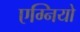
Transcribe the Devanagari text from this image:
एग्नियो